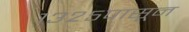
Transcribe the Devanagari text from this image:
१३२५पासून